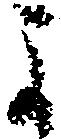
よ